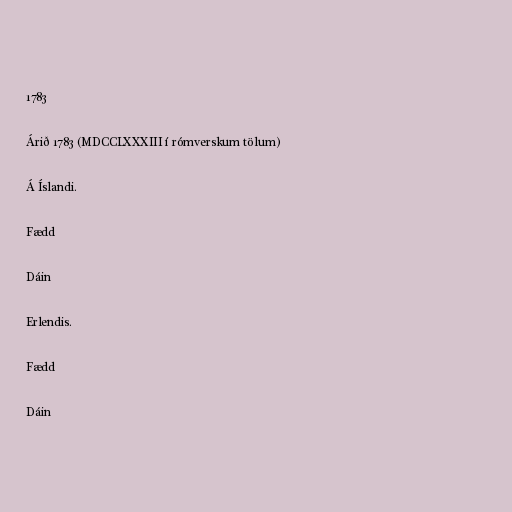
1783

Árið 1783 (MDCCLXXXIII í rómverskum tölum)

Á Íslandi.

Fædd

Dáin

Erlendis.

Fædd

Dáin